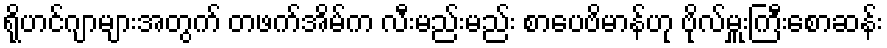
ရိုဟင်ဂျာများအတွက် တဖက်အိမ်က လီးမည်းမည်း စာပေဗိမာန်ဟု ဗိုလ်မှူးကြီးစောဆန်း